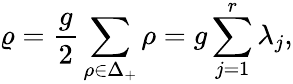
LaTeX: \varrho={\frac{g}{2}}\sum_{\rho\in{\Delta_{+}}}\rho=g\sum_{j=1}^{r}\lambda_{j},